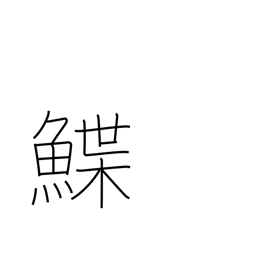
Meaning: sole